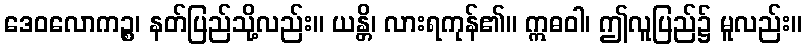
ဒေဝလောကဉ္စ၊ နတ်ပြည်သို့လည်း။ ယန္တိ၊ လားရကုန်၏။ ဣဓဝါ၊ ဤလူပြည်၌ မူလည်း။